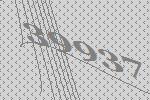
39937